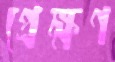
প্রেক্ষণ